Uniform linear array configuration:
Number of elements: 8
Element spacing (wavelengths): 0.25
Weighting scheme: binomial
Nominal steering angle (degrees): -30
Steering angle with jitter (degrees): -28.916
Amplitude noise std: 0.05
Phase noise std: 0.05

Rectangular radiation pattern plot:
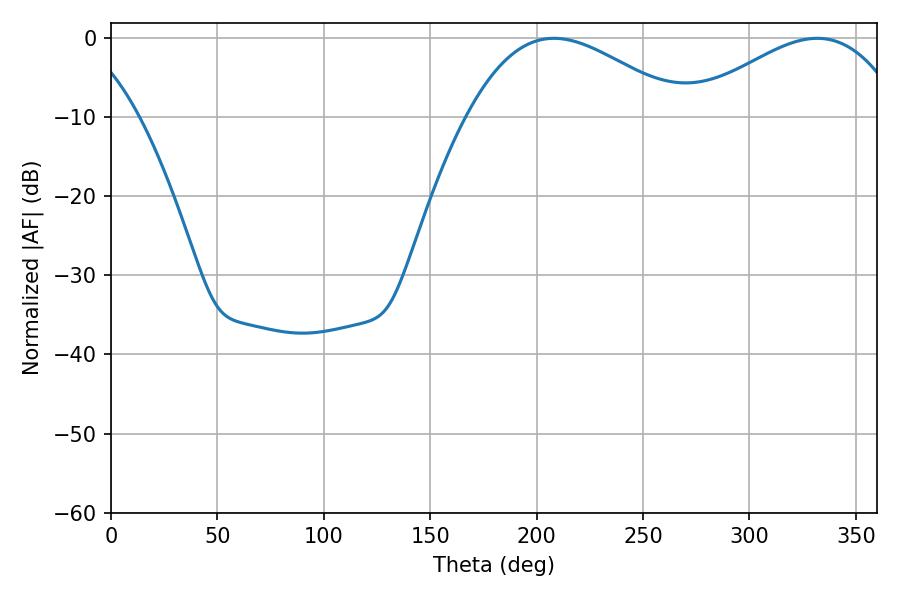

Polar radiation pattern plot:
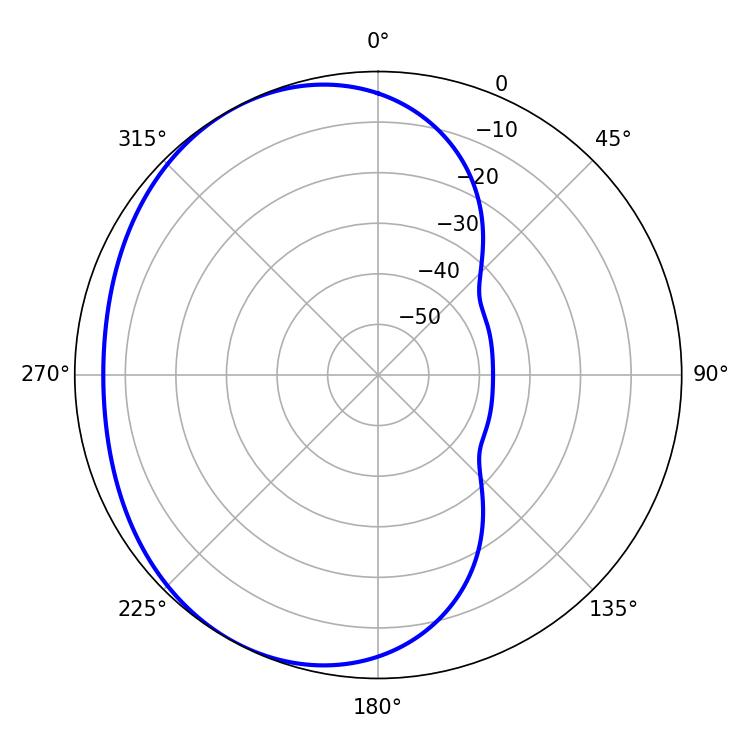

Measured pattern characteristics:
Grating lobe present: FALSE
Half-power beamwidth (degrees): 54.9
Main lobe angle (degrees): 208.08